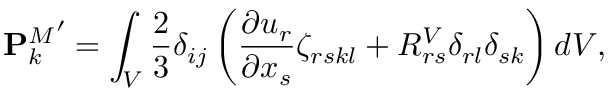
{ \mathbf { P } _ { k } ^ { M } } ^ { \prime } = \int _ { V } \frac { 2 } { 3 } \delta _ { i j } \left( \frac { \partial u _ { r } } { \partial x _ { s } } \zeta _ { r s k l } + R _ { r s } ^ { V } \delta _ { r l } \delta _ { s k } \right) d V ,